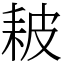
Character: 耚